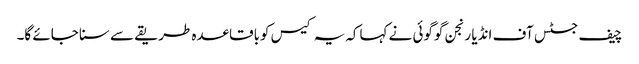
چیف جسٹس آف انڈیا رنجن گوگوئی نے کہاکہ یہ کیس کوباقاعدہ طریقے سے سنا جائے گا۔